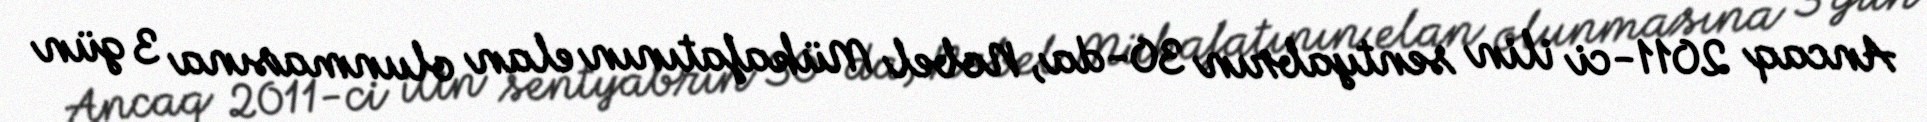
Ancaq 2011-ci ilin sentyabrın 30-da, Nobel Mükafatının elan olunmasına 3 gün